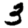
Digit: 3